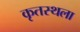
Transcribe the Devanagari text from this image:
कृतस्थला